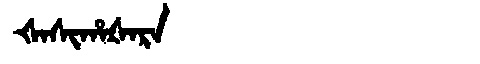
Manchu: ᡧᠠᠰᡳᡥᠠᡧᠠᡵᠠ
Romanization: ŠASIHAŠARA